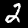
Digit: 2